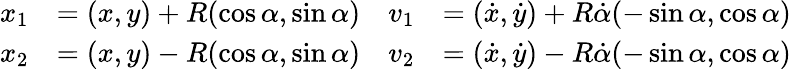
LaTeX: {\begin{array}{rlrl}{x_{1}}&{=(x,y)+R(\cos\alpha,\sin\alpha)}&{v_{1}}&{=\left({\dot{x}},{\dot{y}}\right)+R{\dot{\alpha}}(-\sin\alpha,\cos\alpha)}\\ {x_{2}}&{=(x,y)-R(\cos\alpha,\sin\alpha)}&{v_{2}}&{=\left({\dot{x}},{\dot{y}}\right)-R{\dot{\alpha}}(-\sin\alpha,\cos\alpha)}\end{array}}